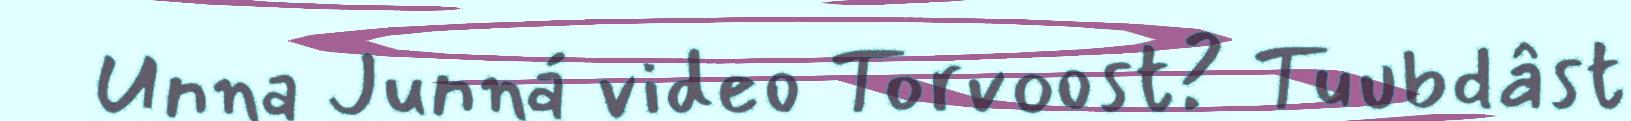
Unna Junná video Torvoost? Tuubdâst